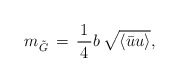
\begin{align*}m_{\tilde{G}}\,=\,\frac{\,1\,}{\,4\,}b\,\sqrt{\langle\bar{u}u\rangle},\end{align*}